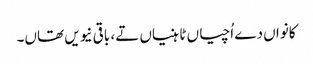
کانواں دے اُچیاں ٹاہنیاں تے، باقی نیویں تھاں۔